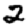
Digit: 2